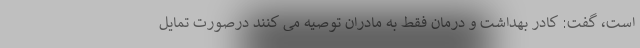
است، گفت: کادر بهداشت و درمان فقط به مادران توصیه می کنند درصورت تمایل